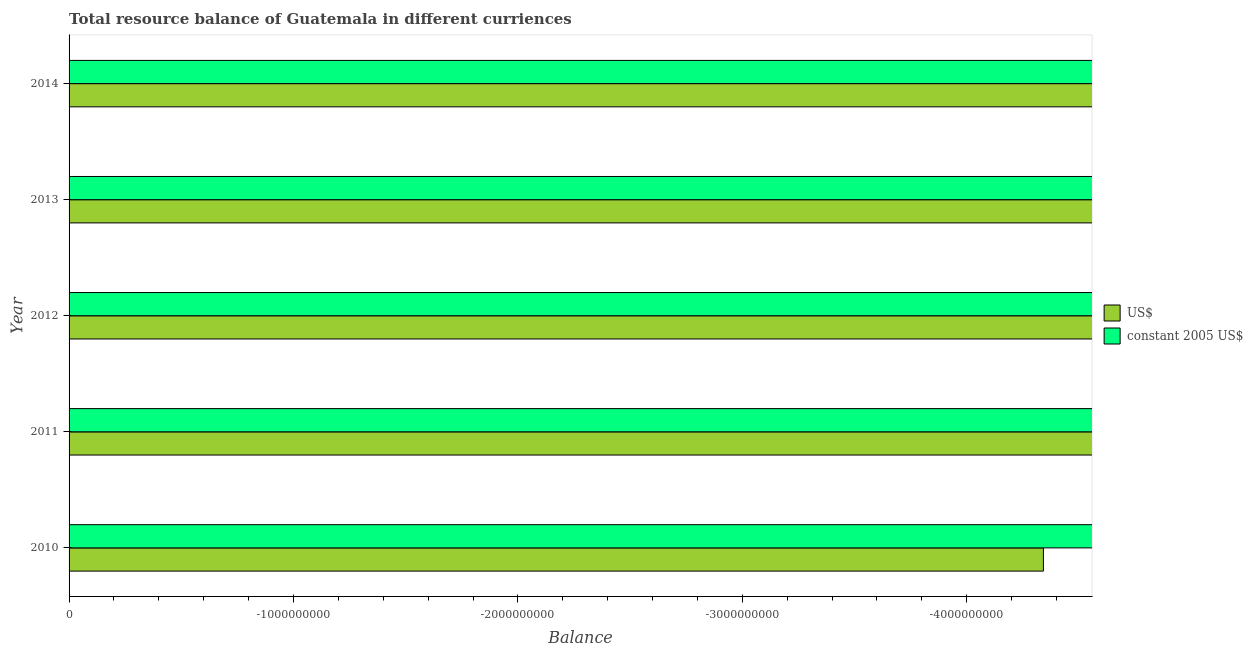
| Year | US$ | constant 2005 US$ |
 | --- | --- | --- |
 | 2010 | -4.34e+09 | -3.5e+10 |
 | 2011 | -5.11e+09 | -3.98e+10 |
 | 2012 | -5.67e+09 | -4.44e+10 |
 | 2013 | -5.98e+09 | -4.7e+10 |
 | 2014 | -5.95e+09 | -4.6e+10 |